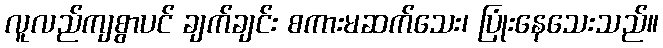
လူလည်ကျစွာပင် ချက်ချင်း စကားမဆက်သေး၊ ပြုံးနေသေးသည်။